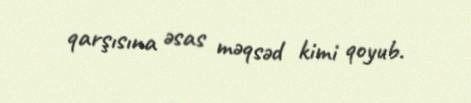
qarşısına əsas məqsəd kimi qoyub.